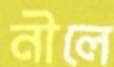
নীলে